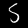
Digit: 5